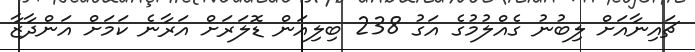
ޗައިނާއަށް ލިބުނު ގެއްލުމުގެ އަގު 238 ބިލިއަން ޑޮލަރަށް އަރާނެ ކަމަށް އަންދާޒާ